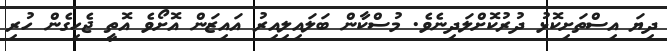
ދިޔަ އިސްތަށިކޮޅު ދުރުކޮށްލަދިނެވެ. މުސްކާން ބަލައިލިއިރު އައިޒަން އޮށޯވެ އޮތީ ޖެހިގެން ހުރި